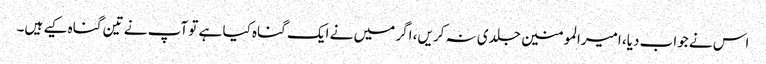
اس نے جواب دیا، امیرالمومنین جلدی نہ کریں، اگر میں نے ایک گناہ کیا ہے تو آپ نے تین گناہ کیے ہیں۔